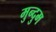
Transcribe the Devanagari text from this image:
मुन्दुम